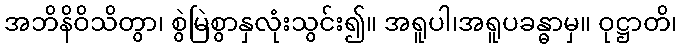
အဘိနိဝိသိတွာ၊ စွဲမြဲစွာနှလုံးသွင်း၍။ အရူပါ၊အရူပခန္ဓာမှ။ ဝုဋ္ဌာတိ၊